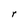
Character: r